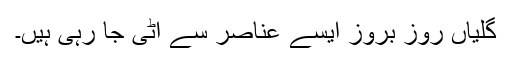
گلیاں روز بروز ایسے عناصر سے اٹی جا رہی ہیں۔